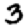
Digit: 3